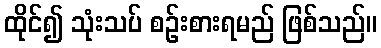
ထိုင်၍ သုံးသပ် စဉ်းစားရမည် ဖြစ်သည်။